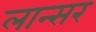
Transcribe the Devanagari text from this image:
लान्सर